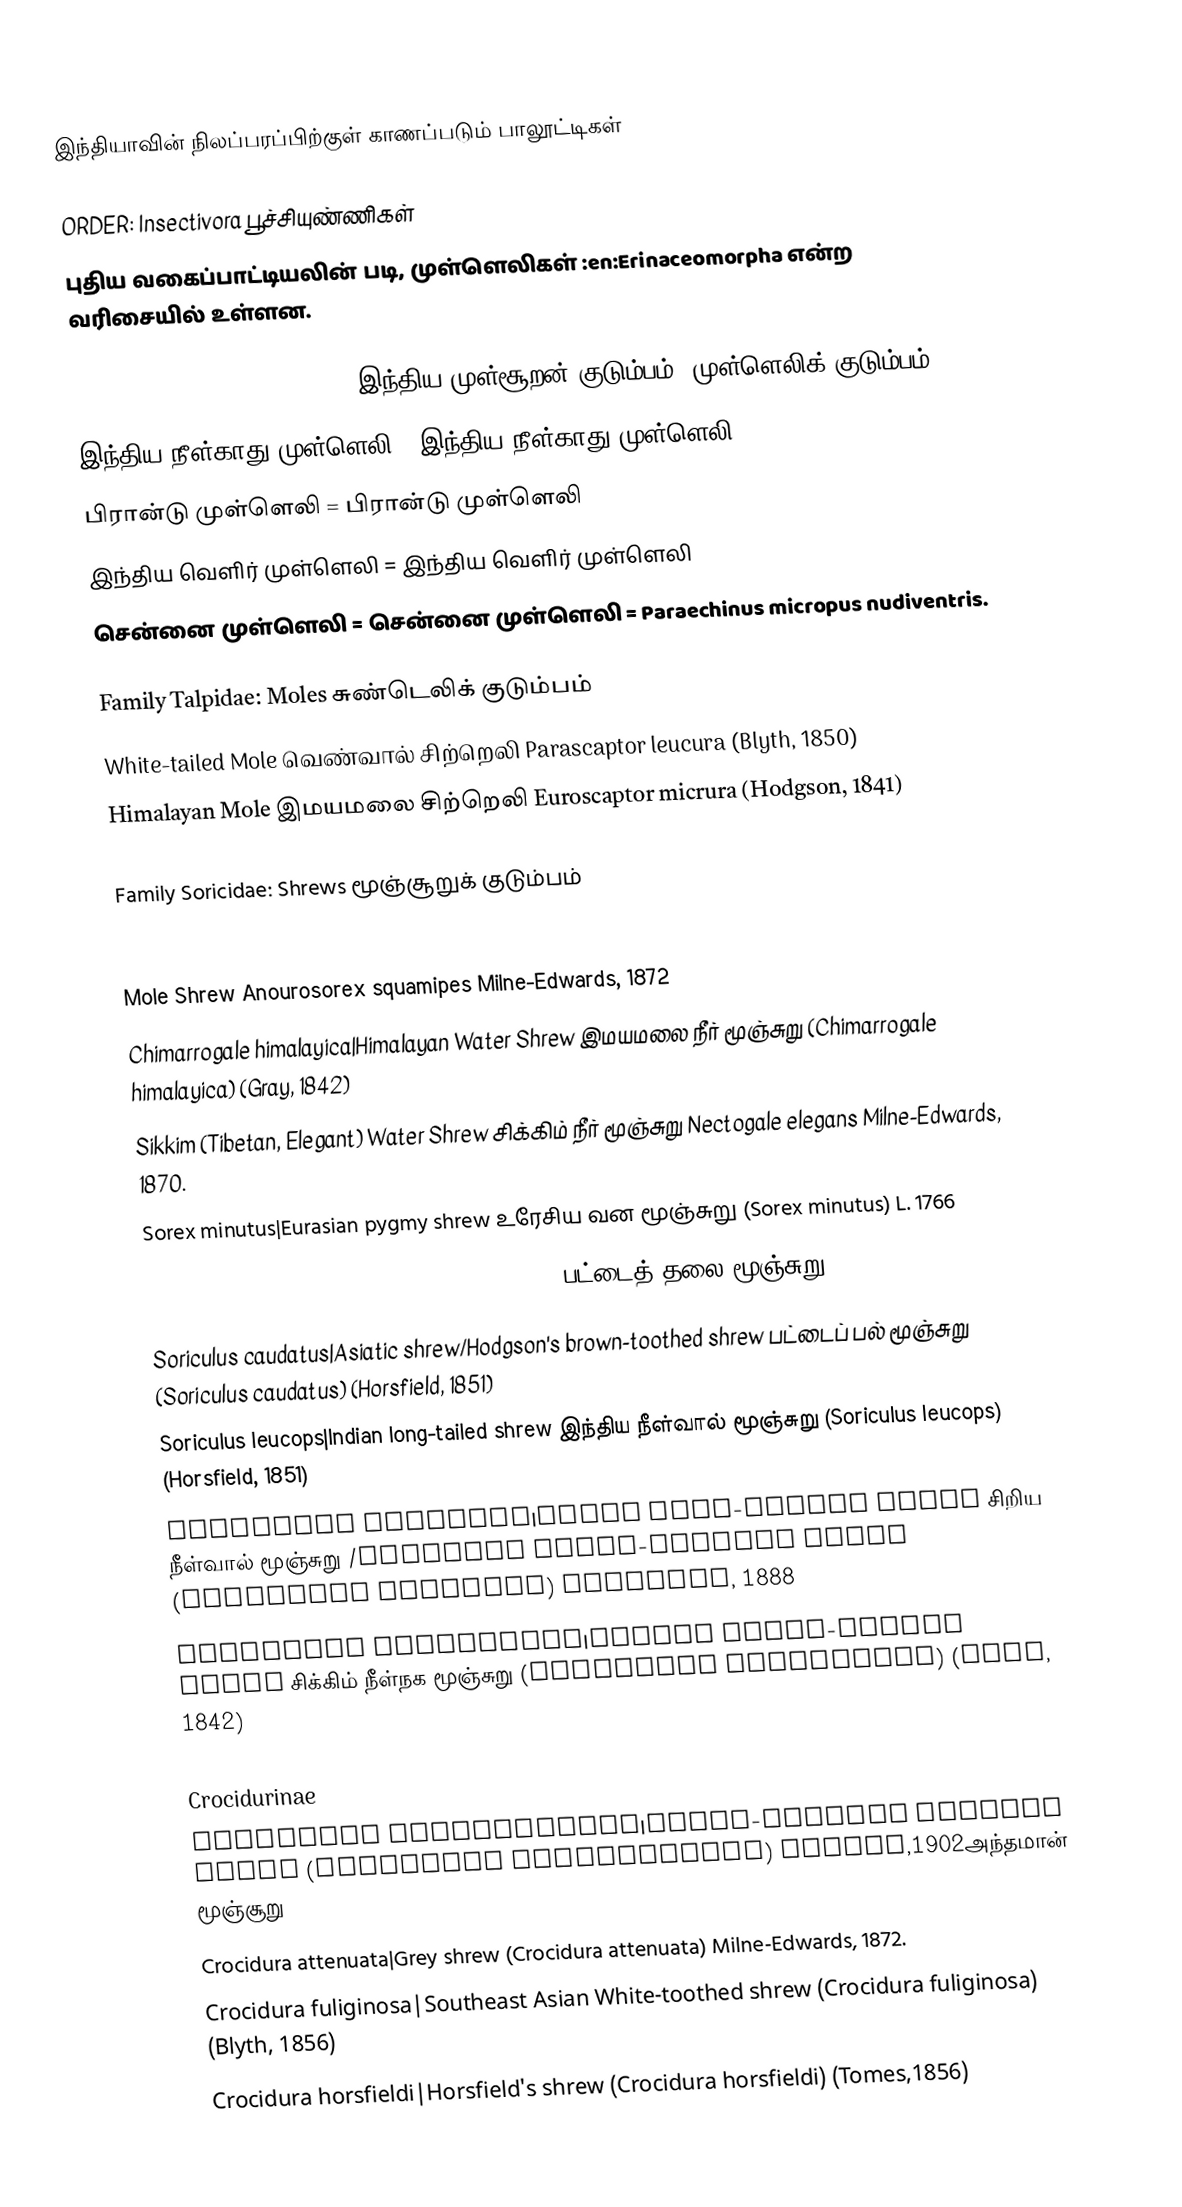
இந்தியாவின் நிலப்பரப்பிற்குள் காணப்படும் பாலூட்டிகள்

ORDER: Insectivora பூச்சியுண்ணிகள்
 புதிய வகைப்பாட்டியலின் படி, முள்ளெலிகள் :en:Erinaceomorpha என்ற வரிசையில் உள்ளன.

Family Erinaceidae: Hedgehogs இந்திய முள்சூறன் குடும்பம்/ முள்ளெலிக் குடும்பம்
 இந்திய நீள்காது முள்ளெலி = இந்திய நீள்காது முள்ளெலி
 பிரான்டு முள்ளெலி = பிரான்டு முள்ளெலி
 இந்திய வெளிர் முள்ளெலி =  இந்திய வெளிர் முள்ளெலி
சென்னை முள்ளெலி = சென்னை முள்ளெலி = Paraechinus micropus nudiventris.

Family Talpidae: Moles சுண்டெலிக் குடும்பம்
 White-tailed Mole வெண்வால் சிற்றெலி Parascaptor leucura (Blyth, 1850)
 Himalayan Mole இமயமலை சிற்றெலி Euroscaptor micrura (Hodgson, 1841)

Family Soricidae: Shrews மூஞ்சூறுக் குடும்பம்

Soricinae
 Mole Shrew Anourosorex squamipes Milne-Edwards, 1872
 Chimarrogale himalayica|Himalayan Water Shrew  இமயமலை நீர் மூஞ்சுறு   (Chimarrogale himalayica) (Gray, 1842)
 Sikkim (Tibetan, Elegant) Water Shrew சிக்கிம்  நீர் மூஞ்சுறு   Nectogale elegans Milne-Edwards, 1870.
 Sorex minutus|Eurasian pygmy shrew உரேசிய வன மூஞ்சுறு  (Sorex minutus) L. 1766
 Sorex planiceps|Flat-headed (Kashmir) Shrew பட்டைத் தலை மூஞ்சுறு  (Sorex planiceps) Miller, 1911
 Soriculus caudatus|Asiatic shrew/Hodgson's brown-toothed shrew பட்டைப் பல் மூஞ்சுறு   (Soriculus caudatus) (Horsfield, 1851)
 Soriculus leucops|Indian long-tailed shrew இந்திய நீள்வால் மூஞ்சுறு  (Soriculus leucops) (Horsfield, 1851)
 Soriculus macrurus|Small long-tailed shrew சிறிய  நீள்வால் மூஞ்சுறு /Arboreal brown-toothed shrew (Soriculus macrurus) Blanford, 1888
 Soriculus nigrescens|Sikkim large-clawed shrew சிக்கிம் நீள்நக மூஞ்சுறு (Soriculus nigrescens) (Gray, 1842)

Crocidurinae
 Crocidura andamanensis|White-toothed Andaman shrew (Crocidura andamanensis) Miller,1902அந்தமான் மூஞ்சூறு
 Crocidura attenuata|Grey shrew (Crocidura attenuata) Milne-Edwards, 1872.
 Crocidura fuliginosa|Southeast Asian White-toothed shrew (Crocidura fuliginosa) (Blyth, 1856)
 Crocidura horsfieldi|Horsfield's shrew (Crocidura horsfieldi) (Tomes,1856)